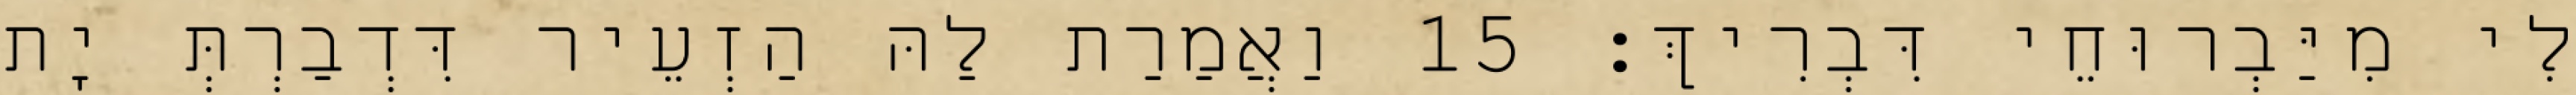
לִי מִיַּבְרוּחֵי דִּבְרִיךְ׃ 15 וַאֲמַרַת לַהּ הַזְעֵיר דִּדְבַרְתְּ יָת